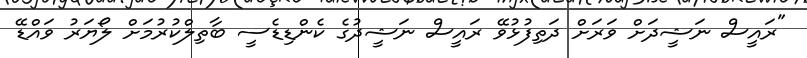
"ރައީސް ނަޝީދަށް ވަރަށް ދަތިފުޅުވޭ ރައީސް ނަޝީދުގެ ކެންޑިޑެސީ ބާތިލްކުރުމަށް ލޯޔަރު ވައްޑޭ